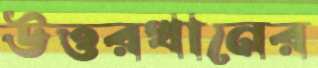
উত্তরখানের